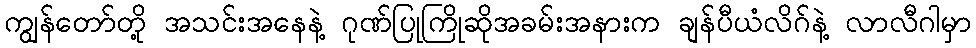
ကျွန်တော်တို့ အသင်းအနေနဲ့ ဂုဏ်ပြုကြိုဆိုအခမ်းအနားက ချန်ပီယံလိဂ်နဲ့ လာလီဂါမှာ